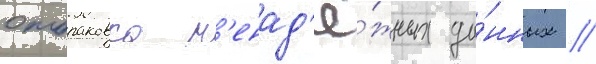
отбраковка н'енад'ё́жных да́нных //